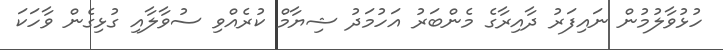
ހުޅުވާލުމުން ނައިފަރު ދާއިރާގެ މެންބަރު އަހުމަދު ޝިޔާމް ކުރެއްވި ސުވާލާއި ގުޅިގެން ވާހަކަ